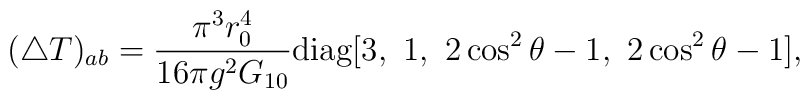
(\triangle T)_{ab} = \frac{\pi^3 r_0^4}{16\pi g^2 G_{10}} {\rm diag}[3,\ 1,\ 2\cos^2\theta - 1,\ 2\cos^2\theta - 1],